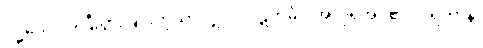
ဝုဒ္ဓိယေဝ၊ ကြီးပွားခြင်းကိုသာလျှင်။ ပါဋိကင်္ခါ၊ အလိုရှိအပ်၏။ ပရိဟာနိ၊